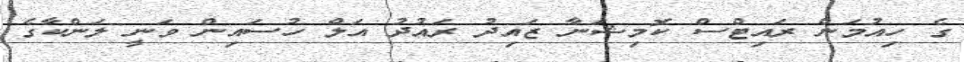
ގެ ހިއުމަން ރައިޓްސް ކޮމިޝަނާ ޒައިދު ރައުދު އަލް ހުސައިން ވަނީ ލަންކާގެ